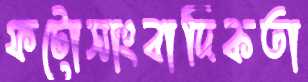
ফটোসাংবাদিকতা